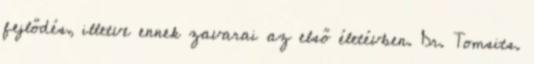
fejlődés, illetve ennek zavarai az első életévben. Dr. Tomsits.